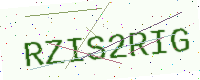
Text: RZIS2RIG